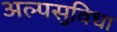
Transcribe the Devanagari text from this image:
अल्पसुविधा